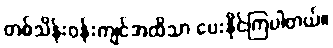
တစ်သိန်းဝန်းကျင်အထိသာ ပေးနိုင်ကြပါတယ်။